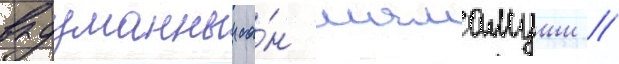
выдуманныи са́н мамамуши //